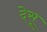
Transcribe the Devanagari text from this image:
देसू